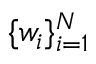
\{ w _ { i } \} _ { i = 1 } ^ { N }